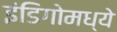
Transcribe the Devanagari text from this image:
इंडिगोमध्ये